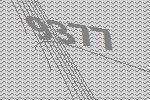
9377